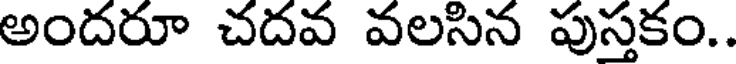
అందరూ చదవ వలసిన పుస్తకం..